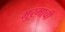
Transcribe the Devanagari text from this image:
मुरमाची